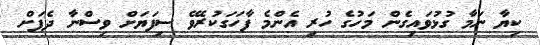
ކިޔާ ނަމާ ގުޅުވައިގެން މަހުގެ ހުރި އެންމެ ފާހަގަކުރެވޭ ސިފަޔަށް ވިސްނާ ދެފަށް